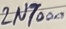
Text: 2N7000